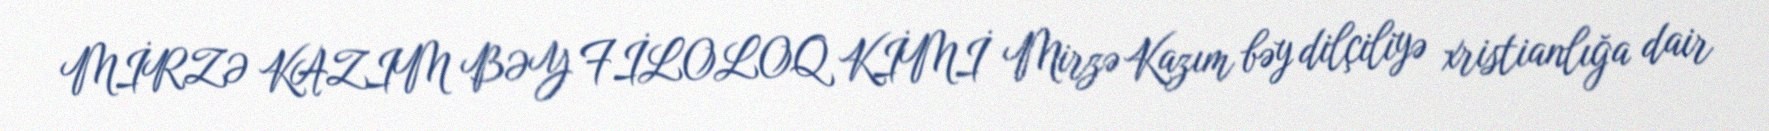
MİRZƏ KAZIM BƏY FİLOLOQ KİMİ Mirzə Kazım bəy dilçiliyə xristianlığa dair